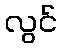
လွင်